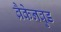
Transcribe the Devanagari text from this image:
ब्रैकेनवुड